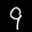
Label: 9